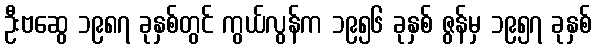
ဦးဗဆွေ ၁၉၈၇ ခုနှစ်တွင် ကွယ်လွန်က ၁၉၅၆ ခုနှစ် ဇွန်မှ ၁၉၅၇ ခုနှစ်